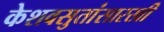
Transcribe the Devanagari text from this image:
केशवसुतांसारखी